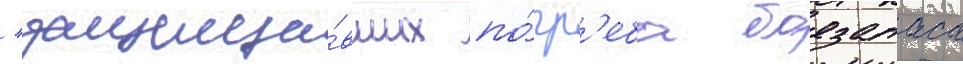
/ защища́вших по́гр'еба боезапаса